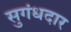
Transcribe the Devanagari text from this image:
सुगंधदार